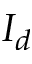
I _ { d }